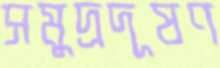
সমুদ্রদূষণ